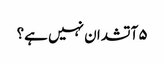
۵ آتشدان نہیں ہے؟